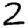
Digit: 2